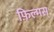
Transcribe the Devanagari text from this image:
फ़िल्मस्